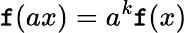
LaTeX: \mathtt{f}(ax)=a^{k}\mathtt{f}(x)